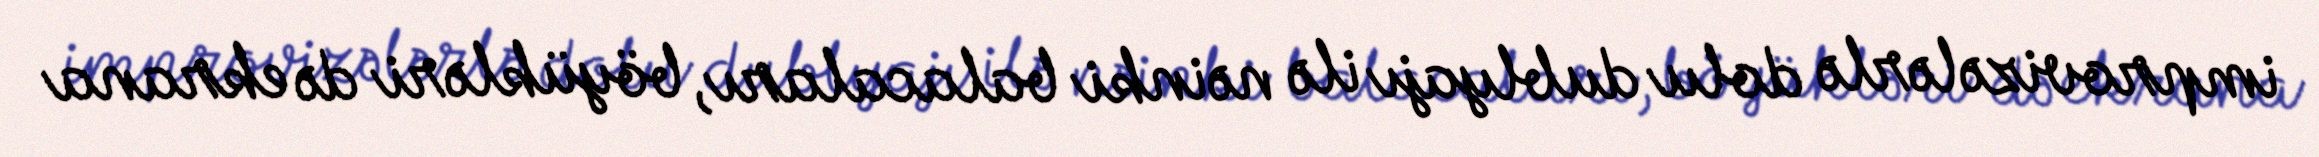
improvizələrlə dolu dublyajı ilə nəinki balacaları, böyükləri də ekrana